Annual vaccination report of Bihar and Orissa - 1911-1928
Year: 1911
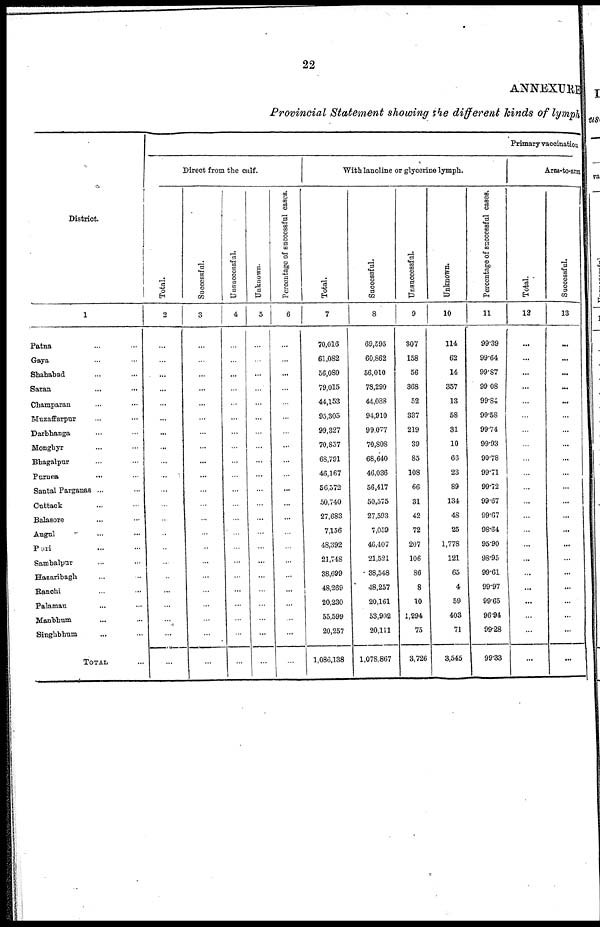
22
ANNEXURE
Provincial Statement showing the different kinds of lymph
District
1
Patna... ......
Gaya... ...
Shahabad... ...
Satan... ...
Champaran... ...
Muzaffarpur... ...
Darbhanga... ...
Monghyr... ...
Bhagalpur... ...
Puruea... ...
Santal Parganas ...
Cuttack... ...
Balasore... ...
Angul... ...
Puri... ...
Sambalpur
Hazaribagh... ...
Ranchi... ...
Palamau... ...
Manbhum
...
...
Singhbhum... ...
TOTAL...
Primary vaccination
Direct from the calf.
Total.
2
...
...
...
...
...
...
...
...
...
...
...
...
...
...
...
...
...
...
...
...
...
...
Successful.
3
...
...
...
...
...
...
...
...
...
...
...
...
...
...
..
...
...
...
...
...
...
...
Unsuccessful.
4
...
...
...
...
...
...
...
...
...
...
...
...
...
...
...
...
...
...
...
...
...
...
Unknown.
5
...
...
...
...
...
...
...
...
...
...
...
...
...
...
...
...
...
...
...
...
...
...
Percentage of successful cases.
6
...
...
...
...
...
...
...
...
...
...
...
...
...
...
...
...
...
...
...
...
...
...
With lanoline or glycerine lymph.
Total.
7
70,016
61,082
56,080
79,015
44,153
95,305
99,327
70,857
68,791
46,167
56,572
50,740
27,683
7,156
48,392
21,748
38,699
48,269
20,230
55,599
20,257
1,086,138
Successful.
8
69,595
60,862
56,010
78,290
44,088
94,910
99,077
70,808
68,640
46,036
56,417
50,575
27,593
7,059
46,407
21,521
38,548
48,257
20,161
53,902
20,111
1,078,867
Unsuccessful.
9
307
158
56
368
52
337
219
39
85
108
66
31
42
72
207
106
86
8
10
1,294
75
3,726
Unknown.
10
114
62
14
357
13
58
31
10
66
23
89
134
48
25
1,778
121
65
4
59
403
71
3,545
Percentage of successful cases.
11
99.39
99.64
99.87
99.08
99.84
99.58
99.74
99.93
99.78
99.71
99.72
99.67
99.67
98.64
95.90
98.95
99.61
99.97
99.65
96.94
99.28
99.33
Arm-to-arm
Total.
12
...
...
...
...
...
...
...
...
...
...
...
...
...
...
...
...
...
...
...
...
...
...
Successful.
13
...
...
...
...
...
...
...
...
...
...
...
...
...
...
...
...
...
...
...
...
...
...